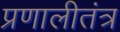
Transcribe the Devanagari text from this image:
प्रणालीतंत्र